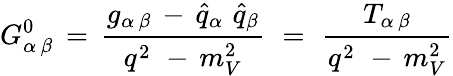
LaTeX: G_{\alpha\, \beta}^{0}\, =\, \frac{g_{\alpha\, \beta}\, -\, {\hat{q}}_{\alpha}\, \, {\hat{q}}_{\beta}}{q^{2}\, \, -\, m_{V}^{2}}\, \, =\, \, \frac{T_{\alpha\, \beta}}{q^{2}\, \, -\, m_{V}^{2}}